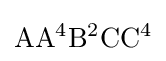
\mathrm {AA^{4}B^{2}CC^{4}}